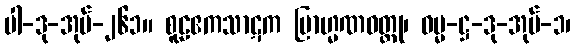
ပါ-ဒု-အုပ်-၂၆၁။ စူဠဧကသာဋက ဗြာဟ္မဏဝတ္ထု၊ ဓမ္မ-ဋ္ဌ-ဒု-အုပ်-၁၊